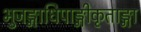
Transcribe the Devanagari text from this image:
भुजङ्गाधिपाङ्गीकृताङ्गा